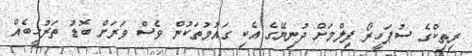
ރިތިކްގެ ސުޕަހީރޯ ފިލްމަށް ދުނިޔޭގެ އެކި ގައުމުތަކުން ވެސް ވަރަށް ބޮޑު ތަރުހީބެއް